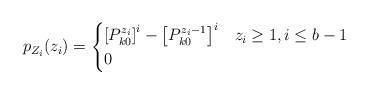
LaTeX: \begin{align*}p_{Z_{i}}(z_{i})=\begin{cases}\left[P_{k0}^{z_{i}}\right]^{i}-\left[P_{k0}^{z_{i}-1}\right]^{i} & z_{i}\geq1,i\leq b-1\\0 & \end{cases}\end{align*}